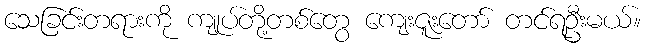
သေခြင်းတရားကို ကျုပ်တို့တစ်တွေ ကျေးဇူးတော် တင်ရဦးမယ်။